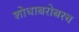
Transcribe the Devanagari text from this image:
शोधाबरोबरच